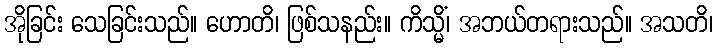
အိုခြင်း သေခြင်းသည်။ ဟောတိ၊ ဖြစ်သနည်း။ ကိသ္မိံ၊ အဘယ်တရားသည်။ အသတိ၊